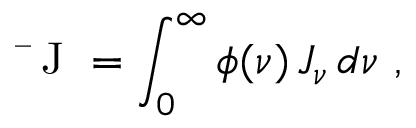
\mathrm { ~ \bar { ~ } J ~ } = \int _ { 0 } ^ { \infty } \phi ( \nu ) \, J _ { \nu } \, d \nu \, \, ,